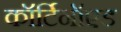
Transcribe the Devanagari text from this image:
कॉर्टिनॉएड